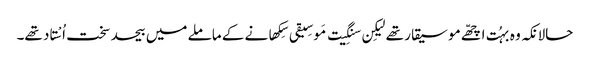
حالانکہ وہ بہُت اچھّے موسیقار تھے لیکِن سنگِیت مَوسِیقی سِکھانے کے ماملے میں بیحد سخت اُسْتاد تھے۔